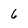
Character: 6